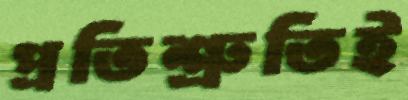
প্রতিশ্রুতিই